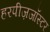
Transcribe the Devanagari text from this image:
हरपीज़जॉस्टर